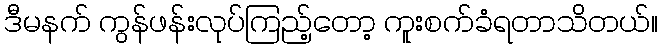
ဒီမနက် ကွန်ဖန်းလုပ်ကြည့်တော့ ကူးစက်ခံရတာသိတယ်။